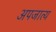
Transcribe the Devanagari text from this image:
अपजात्य